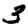
Digit: 3